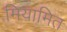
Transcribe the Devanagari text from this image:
मियामित